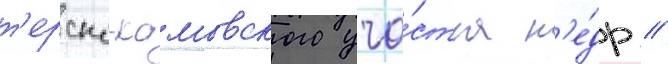
т'ерско-камовского уча́стка н'е́др //